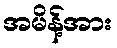
အမိန့်အား